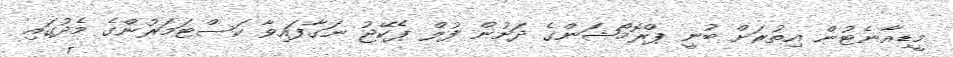
މީޑިއާނެޓުން އިތުރަށް ބުނީ ޕްރޮމޯޝަންގެ ދަށުން ފުލް ޕެކޭޖު ނަގާފައިވާ ކަސްޓަމަރުންގެ މެދުގައި